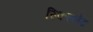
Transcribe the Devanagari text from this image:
स्किल्लेट